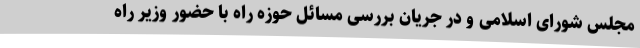
مجلس شورای اسلامی و در جریان بررسی مسائل حوزه راه با حضور وزیر راه